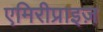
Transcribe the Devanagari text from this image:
एमिरीप्राइज़